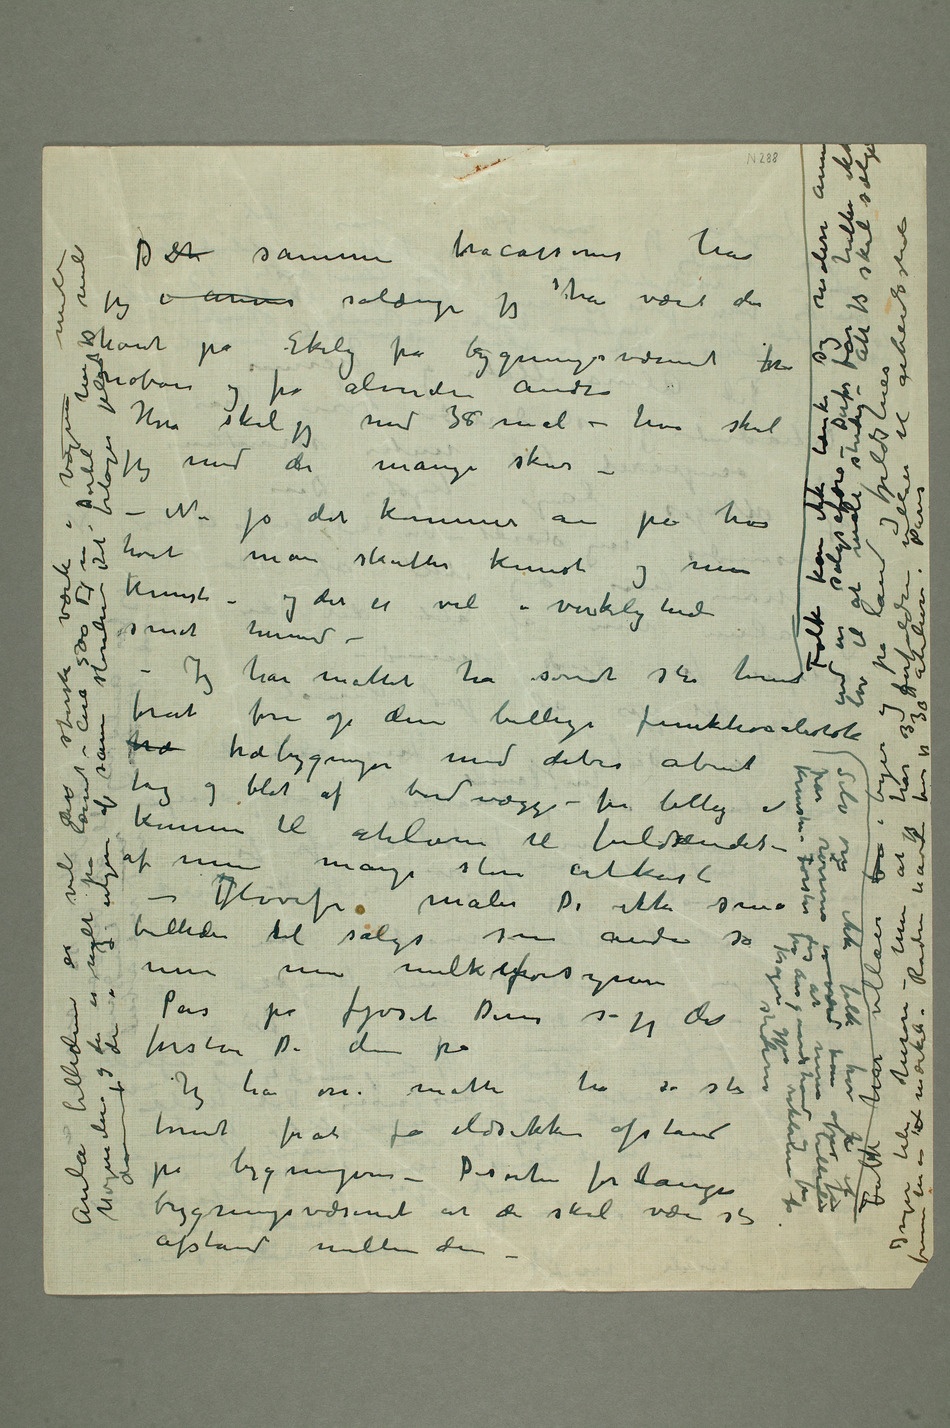
Det samme
jeg har
været
der
havt på Ekely fra ligningsvæsenet fra naboer og fra alverdens
andre Hva skal jeg med 38 mål – hva skal jeg med de mange skur – – Nu ja det kommer an på hvor høit man skatter kunst
og min kunst – og det er vel i virkeligheden småt
hermed
– – Jeg
har måttet
ha såvidt
stor tomt
forat føre
af mine
mange
store utkast – Hvorfor maler De ikke små billeder til salgs som andre sa
min
min
melkeforsyner Pas på fjøset
Deres sa jeg det forstår De dem på Jeg
har osså måttet ha så stor tomt forat få ildsikker
afstand på bygningerne – Dessuten
forlanger
der skal være
slig afstand mellem
dem – Aula billederne er
vel det største værk i Norge maler Norges land
og de er malt på lannet – Circa
Dertil har jeg malt den i 3 utgaver av
samme størrelse
Det forlanger
kan ikke tænke sig
verden annet
end en salgsafære
– Derfor får jeg
til at male studier
har villaer bå
og på land og
er værd kan ofres på kunsten
for stederne